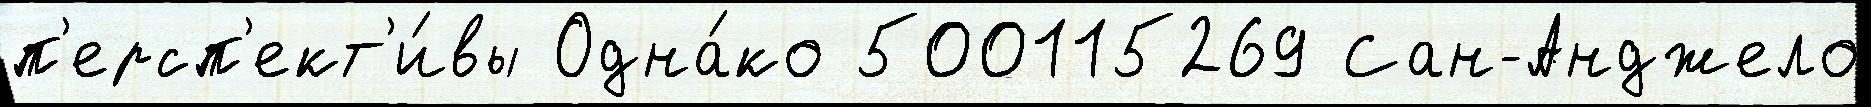
п'ерсп'ект'и́вы Одна́ко 500115269 Сан-Анджело